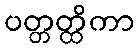
ပတ္တတ္ထိကာ